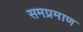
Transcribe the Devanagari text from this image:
समप्रमाण